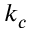
k _ { c }